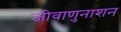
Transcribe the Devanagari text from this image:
जीवाणुनाशन